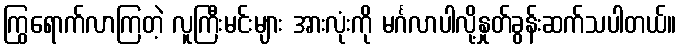
ကြွရောက်လာကြတဲ့ လူကြီးမင်းများ အားလုံးကို မင်္ဂလာပါလို့နှုတ်ခွန်းဆက်သပါတယ်။